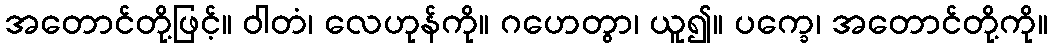
အတောင်တို့ဖြင့်။ ဝါတံ၊ လေဟုန်ကို။ ဂဟေတွာ၊ ယူ၍။ ပက္ခေ၊ အတောင်တို့ကို။